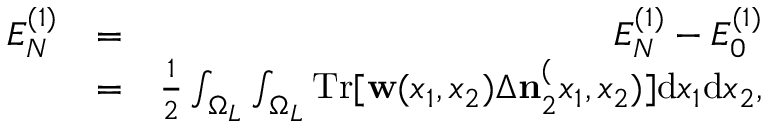
\begin{array} { r l r } { { \cal E } _ { N } ^ { ( 1 ) } } & { = } & { E _ { N } ^ { ( 1 ) } - E _ { 0 } ^ { ( 1 ) } } \\ & { = } & { \frac { 1 } { 2 } \int _ { \Omega _ { L } } \int _ { \Omega _ { L } } \ensuremath { \mathrm { T r } } [ \ensuremath { \mathbf { w } } ( x _ { 1 } , x _ { 2 } ) \Delta \ensuremath { \mathbf { n } } _ { 2 } ^ ( x _ { 1 } , x _ { 2 } ) ] \ensuremath { \mathrm { d } } x _ { 1 } \ensuremath { \mathrm { d } } x _ { 2 } , } \end{array}